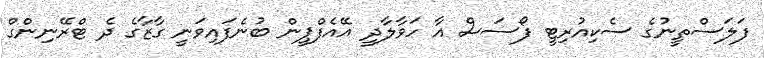
ފަލަސްތީނުގެ ސެކިއުރިޓީ ފޯސަސް އާ ހަވާލާދީ އޭއެފްޕީން ބުނެފައިވަނީ ގާޒާގެ ދެ ޓްރޭނިންގް